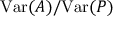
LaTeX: \mathrm { V a r } ( A ) / \mathrm { V a r } ( P )